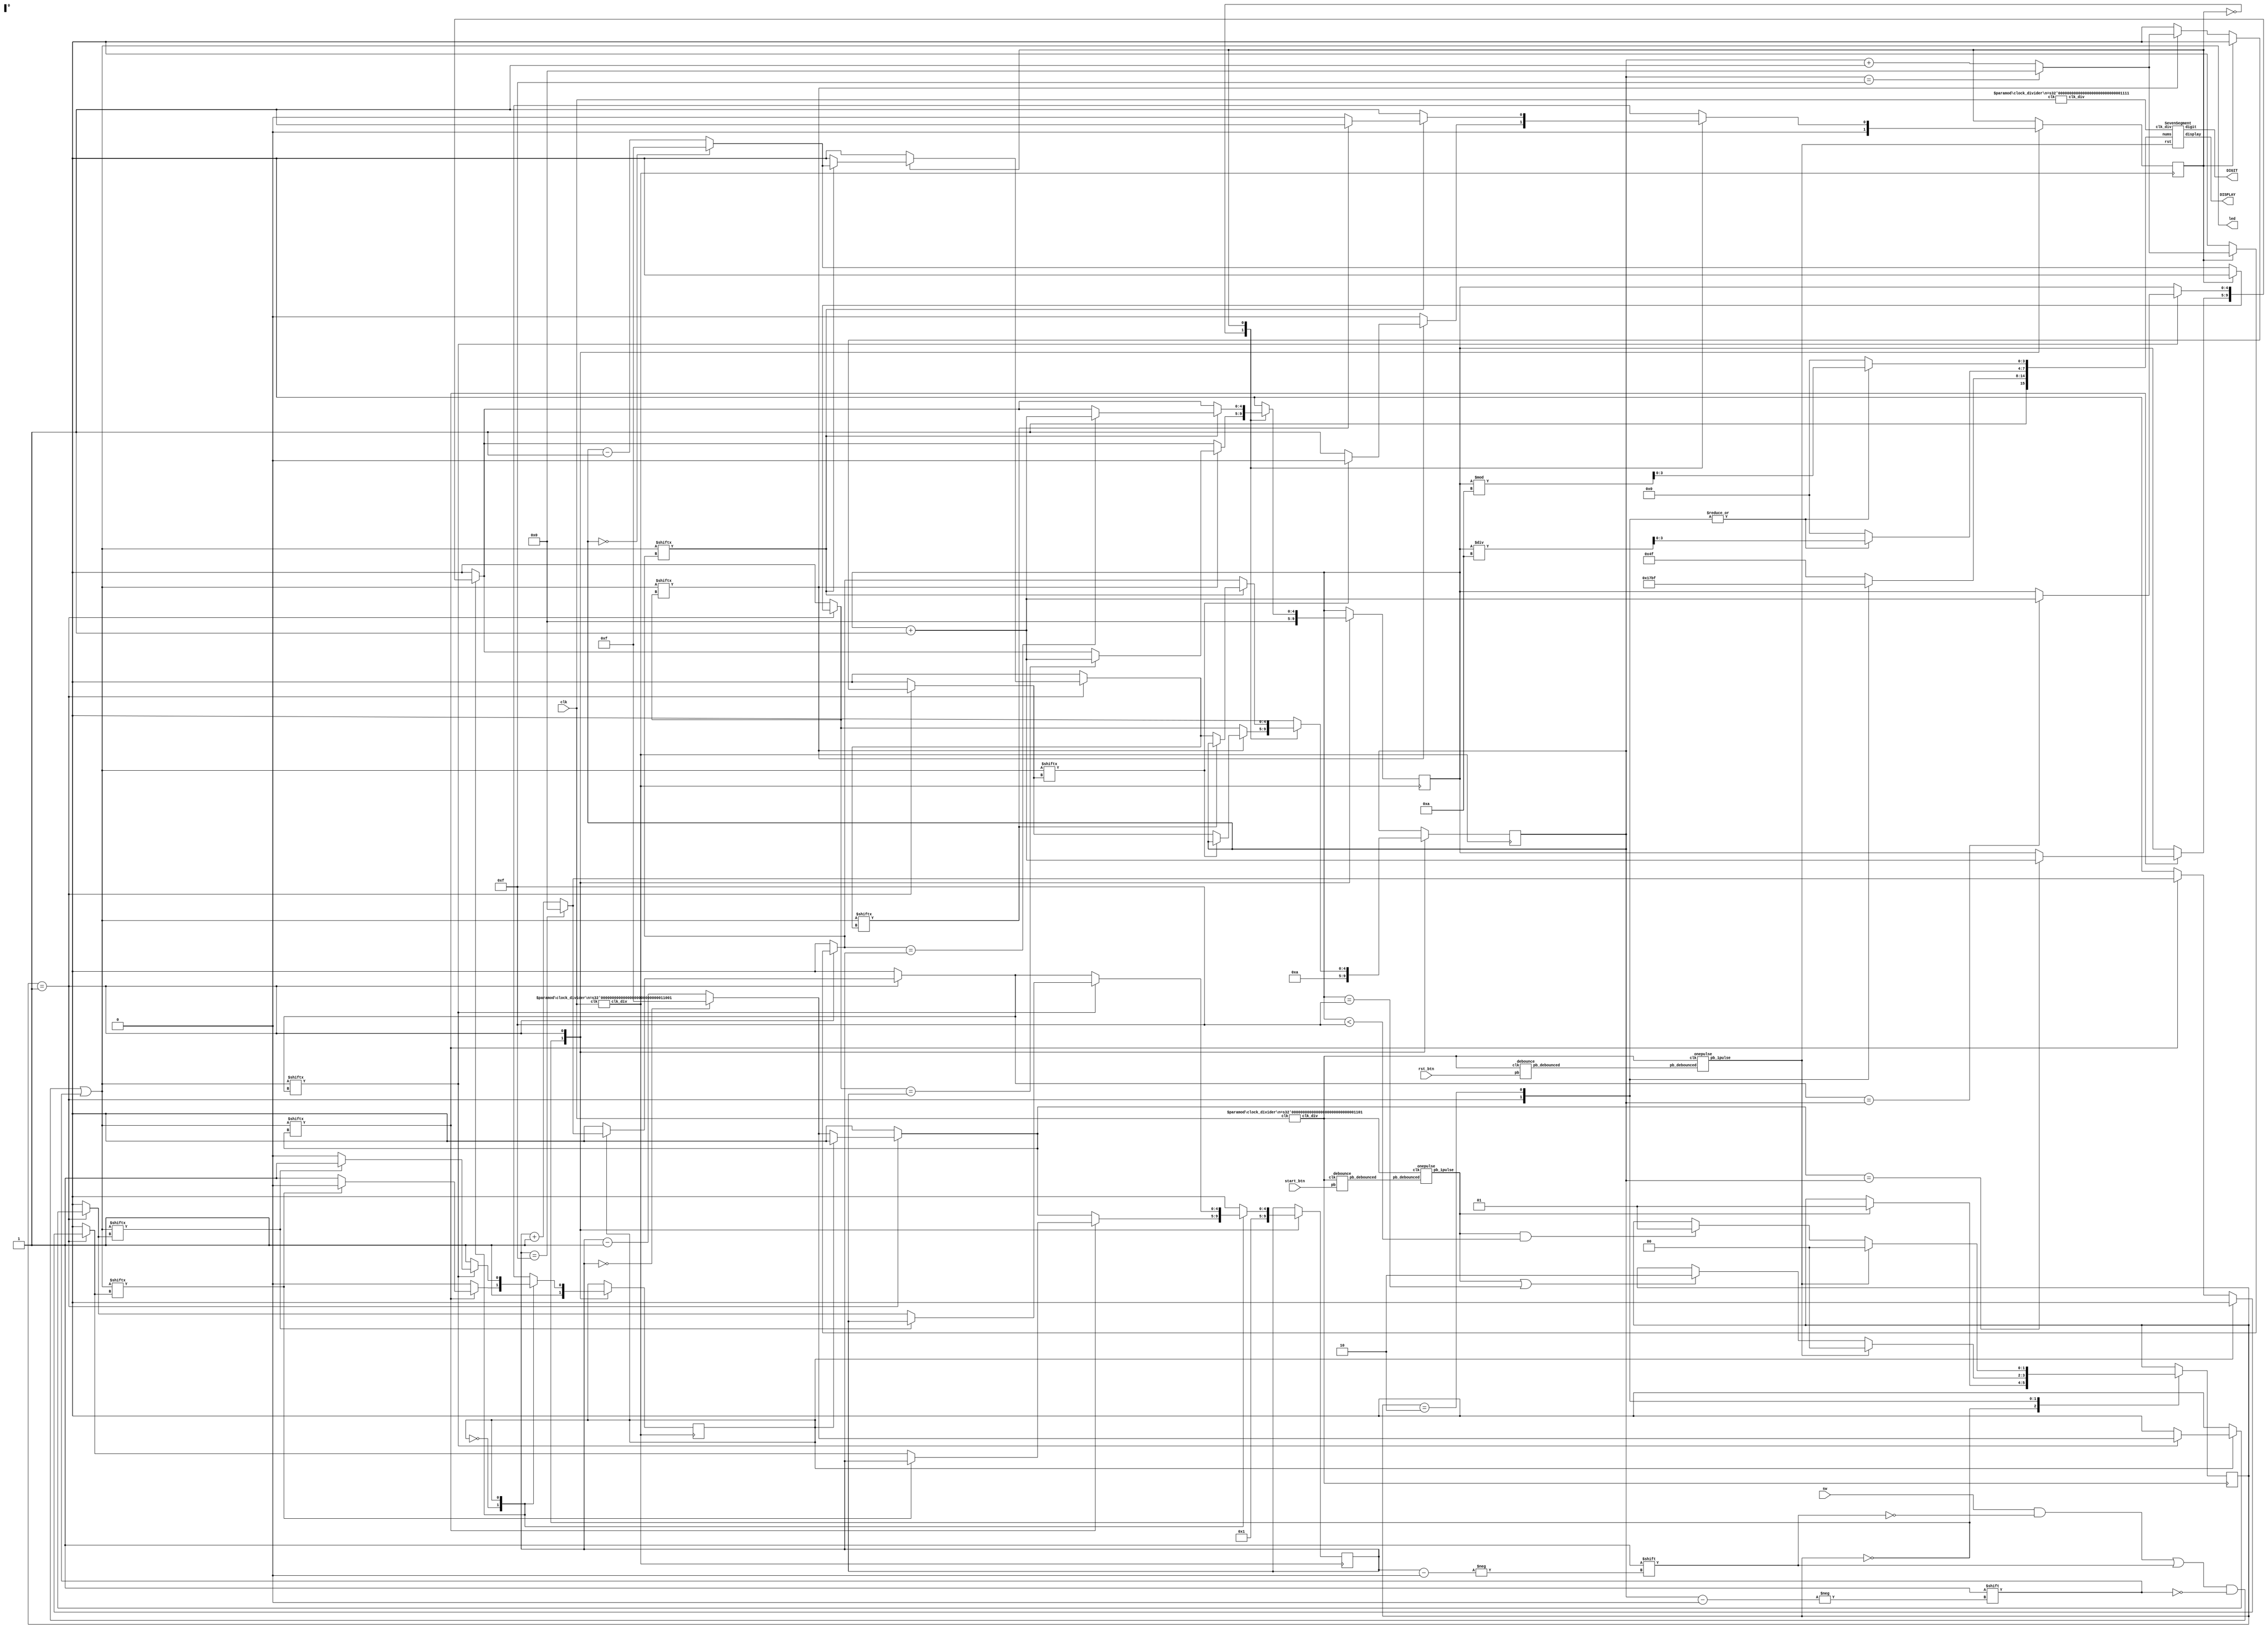
// 110011138 

// e.g. 109012345 
// Add your ID and name to FIRST line of file, or you will get 5 points penalty


module exam1_C(
    input wire clk, // 100Mhz clock
    input wire rst_btn,
    input wire start_btn,
    input wire [15:0] sw,
    output wire [3:0] DIGIT,
    output wire [6:0] DISPLAY,
    output reg [15:0] led // You can modify "wire" of output ports to "reg" if needed
);
    //Your design here
    
    parameter RESET = 2'b00;
    parameter START = 2'b01;
    parameter PAUSE = 2'b10;
    parameter RIGHT = 1'b0;
    parameter LEFT = 1'b1;
    
    
    reg [1:0] state = RESET, next_state;
    reg [4:0] pos1 = 1, next_pos1, pos2 = 10, next_pos2;
    reg dir1 = LEFT, next_dir1, dir2 = RIGHT, next_dir2;
    reg [4:0] collisions = 0, next_collisions;
    reg [15:0] nums = {4'd12, 4'd15, 4'd0, 4'd0};
    
 	wire clk_div13, clk_div15, clk_div25; 
	clock_divider #(13) cd1 (.clk(clk), .clk_div(clk_div13));
	clock_divider #(15) cd2 (.clk(clk), .clk_div(clk_div15));
	clock_divider #(25) cd3 (.clk(clk), .clk_div(clk_div25));
	
	wire rst_db, start_db, rst, start;
	debounce d1 (.pb_debounced(rst_db), .pb(rst_btn), .clk(clk_div13));
	debounce d2 (.pb_debounced(start_db), .pb(start_btn), .clk(clk_div13));
	onepulse o1 (.pb_debounced(rst_db), .clk(clk_div13), .pb_1pulse(rst));
	onepulse o2 (.pb_debounced(start_db), .clk(clk_div13), .pb_1pulse(start));
	
	SevenSegment ss1 (.display(DISPLAY), .digit(DIGIT), .nums(nums), .rst(rst), .clk_div(clk_div15));


	always @(posedge clk_div13) begin
		state <= next_state;
	end
	
	always @(posedge clk_div25) begin
		pos1 <= next_pos1;
		pos2 <= next_pos2;
		dir1 <= next_dir1;
		dir2 <= next_dir2;
		collisions <= next_collisions;
	end
	
	// nums
	/**
        	0 : display = 7'b1000000;	//0000
			1 : display = 7'b1111001;   //0001                                                
			2 : display = 7'b0100100;   //0010                                                
			3 : display = 7'b0110000;   //0011                                             
			4 : display = 7'b0011001;   //0100                                               
			5 : display = 7'b0010010;   //0101                                               
			6 : display = 7'b0000010;   //0110
			7 : display = 7'b1111000;   //0111
			8 : display = 7'b0000000;   //1000
			9 : display = 7'b0010000;	//1001
			10: display = 7'b0010010;	//S
			11: display = 7'b0001100;	//P
			12: display = 7'b0001000;	//R
			default : display = 7'b1111111;
    */
	always @(*) begin
		// default
		nums = {4'd12, 4'd15, 4'd0, 4'd0};
	
		case (state)
			RESET: begin
				nums = {4'd12, 4'd15, 4'd0, 4'd0};
			end
			START: begin
				nums[15:8] = {4'd10, 4'd15};
				nums[7:4] = collisions / 10;
				nums[3:0] = collisions % 10;
			end
			PAUSE: begin
				nums[15:8] = {4'd11, 4'd15};
				nums[7:4] = collisions / 10;
				nums[3:0] = collisions % 10;
			end
		endcase
	end
	
	// led
	always @(*) begin
		// default
		led = sw;
		led[pos1] = 1;
		led[pos2] = 1;
	end
	
	// next_states
	always @(*) begin
		// default
		next_pos1 = pos1;
		next_pos2 = pos2;
		next_dir1 = dir1;
		next_dir2 = dir2;
		next_state = state;
		next_collisions = collisions;
	
		case (state)
			RESET: begin
				next_pos1 = 1;
				next_pos2 = 10;
				next_dir1 = LEFT;
				next_dir2 = RIGHT;
				next_collisions = 0;
				if (start == 1) next_state = START;
			end
			START: begin
				if (rst == 1) next_state = RESET;
				else if (start == 1 || collisions == 15) next_state = PAUSE;
				
				// pos1 walk
				case (dir1)
					RIGHT: begin
						// walk right
						if (pos1 == 0) next_pos1 = 15;
						else next_pos1 = pos1 - 1;
						
						// can't walk right
						if (led[next_pos1] == 1) begin
							if (next_pos1 == pos2) next_collisions = collisions + 1;
						
							// walk left
							next_dir1 = LEFT;
							if (pos1 == 15) next_pos1 = 0;
							else next_pos1 = pos1 + 1;
							
							// can't walk left
							if (led[next_pos1] == 1) begin
								next_dir1 = dir1;
								next_pos1 = pos1;
							end
						end
					end
					LEFT: begin
						// walk left
						if (pos1 == 15) next_pos1 = 0;
						else next_pos1 = pos1 + 1;
						
						// can't walk left
						if (led[next_pos1] == 1) begin
							if (next_pos1 == pos2) next_collisions = collisions + 1;
						
							// walk right
							next_dir1 = RIGHT;
							if (pos1 == 0) next_pos1 = 15;
							else next_pos1 = pos1 - 1;
							
							// can't walk left
							if (led[next_pos1] == 1) begin
								next_dir1 = dir1;
								next_pos1 = pos1;
							end
						end
					end
				endcase
				
				// pos2 walk
				case (dir2)
					RIGHT: begin
						// walk right
						if (pos2 == 0) next_pos2 = 15;
						else next_pos2 = pos2 - 1;
						
						// can't walk right
						if (led[next_pos2] == 1) begin
							if (next_pos2 == pos1) next_collisions = collisions + 1;
						
							// walk left
							next_dir2 = LEFT;
							if (pos2 == 15) next_pos2 = 0;
							else next_pos2 = pos2 + 1;
							
							// can't walk left
							if (led[next_pos2] == 1) begin
								next_dir2 = dir2;
								next_pos2 = pos2;
							end
						end
					end
					LEFT: begin
						// walk left
						if (pos2 == 15) next_pos2 = 0;
						else next_pos2 = pos2 + 1;
						
						// can't walk left
						if (led[next_pos2] == 1) begin
							if (next_pos2 == pos1) next_collisions = collisions + 1;
						
							// walk right
							next_dir2 = RIGHT;
							if (pos2 == 0) next_pos2 = 15;
							else next_pos2 = pos2 - 1;
							
							// can't walk left
							if (led[next_pos2] == 1) begin
								next_dir2 = dir2;
								next_pos2 = pos2;
							end
						end
					end
				endcase
			end
			PAUSE: begin
				if (rst == 1) next_state = RESET;
				else if (start == 1 && collisions < 15) next_state = START;
			end
		endcase
	end

endmodule

// You can modify below modules I/O or content if needed.
// Also you can add any module you need.
// Make sure you include all modules you used in this file.

module onepulse(pb_debounced, clk, pb_1pulse);	
	input pb_debounced;	
	input clk;	
	output pb_1pulse;	

	reg pb_1pulse;	
	reg pb_debounced_delay;	

	always@(posedge clk) begin
		pb_1pulse <= pb_debounced & (! pb_debounced_delay);
		pb_debounced_delay <= pb_debounced;
	end	
endmodule

module SevenSegment(
	output reg [6:0] display,
	output reg [3:0] digit, 
	input wire [15:0] nums, // four 4-bits BCD number
	input wire rst,
	input wire clk_div
);
    
    reg [3:0] display_num;
    
    always @ (posedge clk_div, posedge rst) begin
    	if (rst) begin
    		display_num <= 4'b0000;
    		digit <= 4'b1111;
    	end else begin
    		case (digit)
    			4'b1110 : begin
    					display_num <= nums[7:4];
    					digit <= 4'b1101;
    				end
    			4'b1101 : begin
						display_num <= nums[11:8];
						digit <= 4'b1011;
					end
    			4'b1011 : begin
						display_num <= nums[15:12];
						digit <= 4'b0111;
					end
    			4'b0111 : begin
						display_num <= nums[3:0];
						digit <= 4'b1110;
					end
    			default : begin
						display_num <= nums[3:0];
						digit <= 4'b1110;
					end				
    		endcase
    	end
    end
    
    always @ (*) begin
    	case (display_num)
    		0 : display = 7'b1000000;	//0000
			1 : display = 7'b1111001;   //0001                                                
			2 : display = 7'b0100100;   //0010                                                
			3 : display = 7'b0110000;   //0011                                             
			4 : display = 7'b0011001;   //0100                                               
			5 : display = 7'b0010010;   //0101                                               
			6 : display = 7'b0000010;   //0110
			7 : display = 7'b1111000;   //0111
			8 : display = 7'b0000000;   //1000
			9 : display = 7'b0010000;	//1001
			10: display = 7'b0010010;	//S
			11: display = 7'b0001100;	//P
			12: display = 7'b0001000;	//R
			default : display = 7'b1111111;
    	endcase
    end
    
endmodule

module clock_divider(clk, clk_div);   
    parameter n = 26;     
    input clk;   
    output clk_div;   
    
    reg [n-1:0] num;
    wire [n-1:0] next_num;
    
    always@(posedge clk)begin
    	num <= next_num;
    end
    
    assign next_num = num +1;
    assign clk_div = num[n-1];
    
endmodule

module debounce (pb_debounced, pb, clk); 
	output pb_debounced;
	input pb;
	input clk; 
	reg [3:0] DFF;
	always @(posedge clk) begin 
		DFF[3:1] <= DFF[2:0]; 
		DFF[0] <= pb; 
	end
	assign pb_debounced = ((DFF == 4'b1111) ? 1'b1 : 1'b0);

endmodule